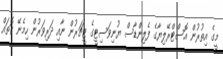
މީގެ އިތުރުން އޮސްޓްރޭލިޔާގެ ފެލިންޑާސް ޔުނިވަސިޓީގެ ޓީޗަރުން ނާއި ދަރިވަރުން ހިމެނޭ ގޮތައް